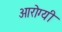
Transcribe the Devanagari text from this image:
आरोग्यी